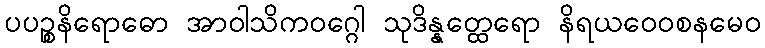
ပပဉ္စနိရောဓော အာဝါသိကဝဂ္ဂေါ သုဒိန္နတ္ထေရော နိရယဝေဝစနမေဝ